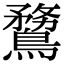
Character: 䳱